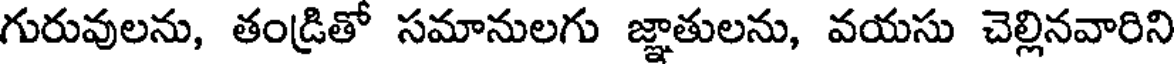
గురువులను, తండ్రితో సమానులగు జ్ఞాతులను, వయసు చెల్లినవారిని